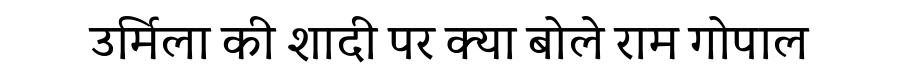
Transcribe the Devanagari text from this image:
उर्मिला की शादी पर क्या बोले राम गोपाल